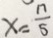
x = \frac { 1 7 } { 5 }